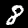
Label: 8